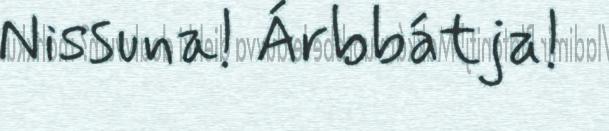
Nissuna! Árbbátja!